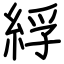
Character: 綒